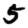
Digit: 5